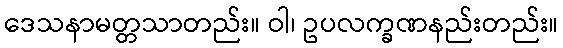
ဒေသနာမတ္တသာတည်း။ ဝါ၊ ဥပလက္ခဏနည်းတည်း။